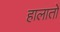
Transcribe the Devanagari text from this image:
हालातो